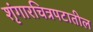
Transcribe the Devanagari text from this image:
शृंगारचित्रपटातील